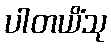
ပါတယိံသု